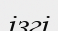
ізгі